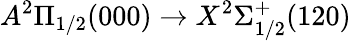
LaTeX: A^{2}\Pi_{1/2}(000)\rightarrow X^{2}\Sigma_{1/2}^{+}(120)